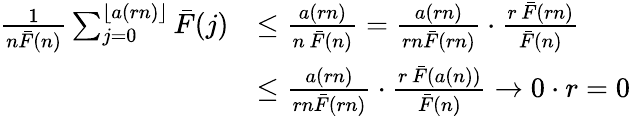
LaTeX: \begin{array}{rl}{\frac{1}{n\bar{F}(n)}\sum_{j=0}^{\lfloor a(rn)\rfloor}\bar{F}(j)}&{\leq\frac{a(rn)}{n\, \bar{F}(n)}=\frac{a(rn)}{rn\bar{F}(rn)}\cdot\frac{r\, \bar{F}(rn)}{\bar{F}(n)}}\\ &{\leq\frac{a(rn)}{rn\bar{F}(rn)}\cdot\frac{r\, \bar{F}(a(n))}{\bar{F}(n)}\rightarrow 0\cdot r=0}\end{array}